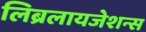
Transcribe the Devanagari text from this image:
लिब्रलायजेशन्स